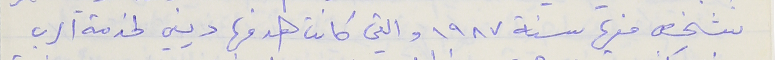
شخص منها سنة ١٩٨٧ والتي كانت هدفها ديني لخدمة الرب